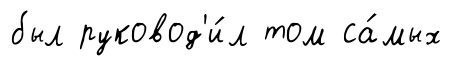
был руковод'и́л том са́мых